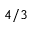
4 / 3